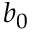
b _ { 0 }